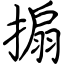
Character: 搧